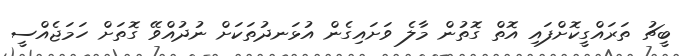
ބީޗު ތަރައްގީކޮށްފައި އޮތް ގޮތުން މާލެ ވަށައިގެން އުޅަނދުތަކަށް ނުދުއްވޭ ގޮތަށް ހަމަޖެއްސީ